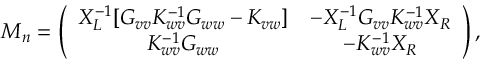
M _ { n } = \left( \begin{array} { c c } { X _ { L } ^ { - 1 } [ G _ { v v } K _ { w v } ^ { - 1 } G _ { w w } - K _ { v w } ] } & { - X _ { L } ^ { - 1 } G _ { v v } K _ { w v } ^ { - 1 } X _ { R } } \\ { K _ { w v } ^ { - 1 } G _ { w w } } & { - K _ { w v } ^ { - 1 } X _ { R } } \end{array} \right) ,